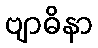
ဗျာဓိနာ